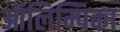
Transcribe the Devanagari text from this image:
ऑलिम्पिका